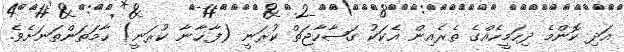
އަދި ކޮންމެ ދިހަމީހެއްގެ ތެރެއިން އެކަކު ގަޟާހާޖަތް ކުރަނީ (ފާޚާނާ ކުރަނީ) ހާމަތަންތަނަށެވެ.